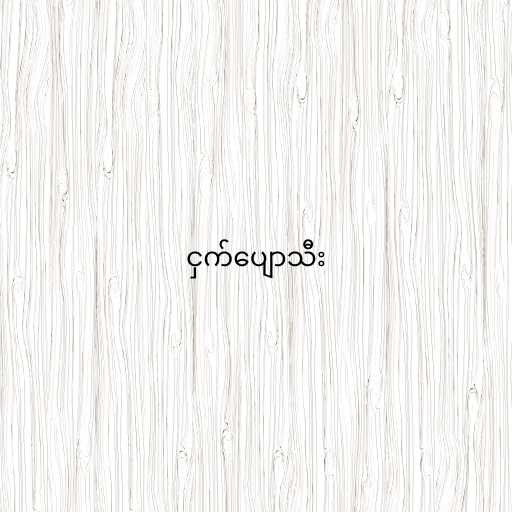
ငှက်ပျောသီး